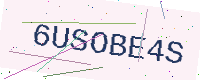
Text: 6USOBE4S